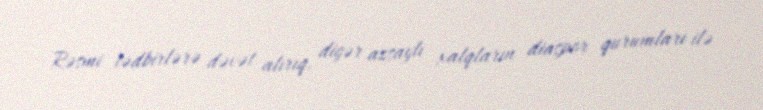
Rəsmi tədbirlərə dəvət alırıq, digər azsaylı xalqların diaspor qurumları ilə